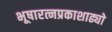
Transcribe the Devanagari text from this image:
भूषारत्नप्रकाशाढ्यो